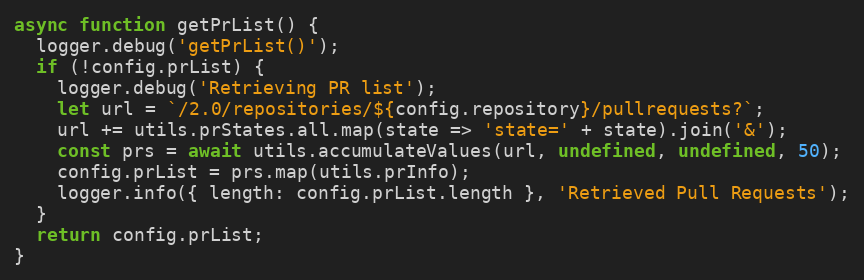
Language: JavaScript
async function getPrList() {
  logger.debug('getPrList()');
  if (!config.prList) {
    logger.debug('Retrieving PR list');
    let url = `/2.0/repositories/${config.repository}/pullrequests?`;
    url += utils.prStates.all.map(state => 'state=' + state).join('&');
    const prs = await utils.accumulateValues(url, undefined, undefined, 50);
    config.prList = prs.map(utils.prInfo);
    logger.info({ length: config.prList.length }, 'Retrieved Pull Requests');
  }
  return config.prList;
}